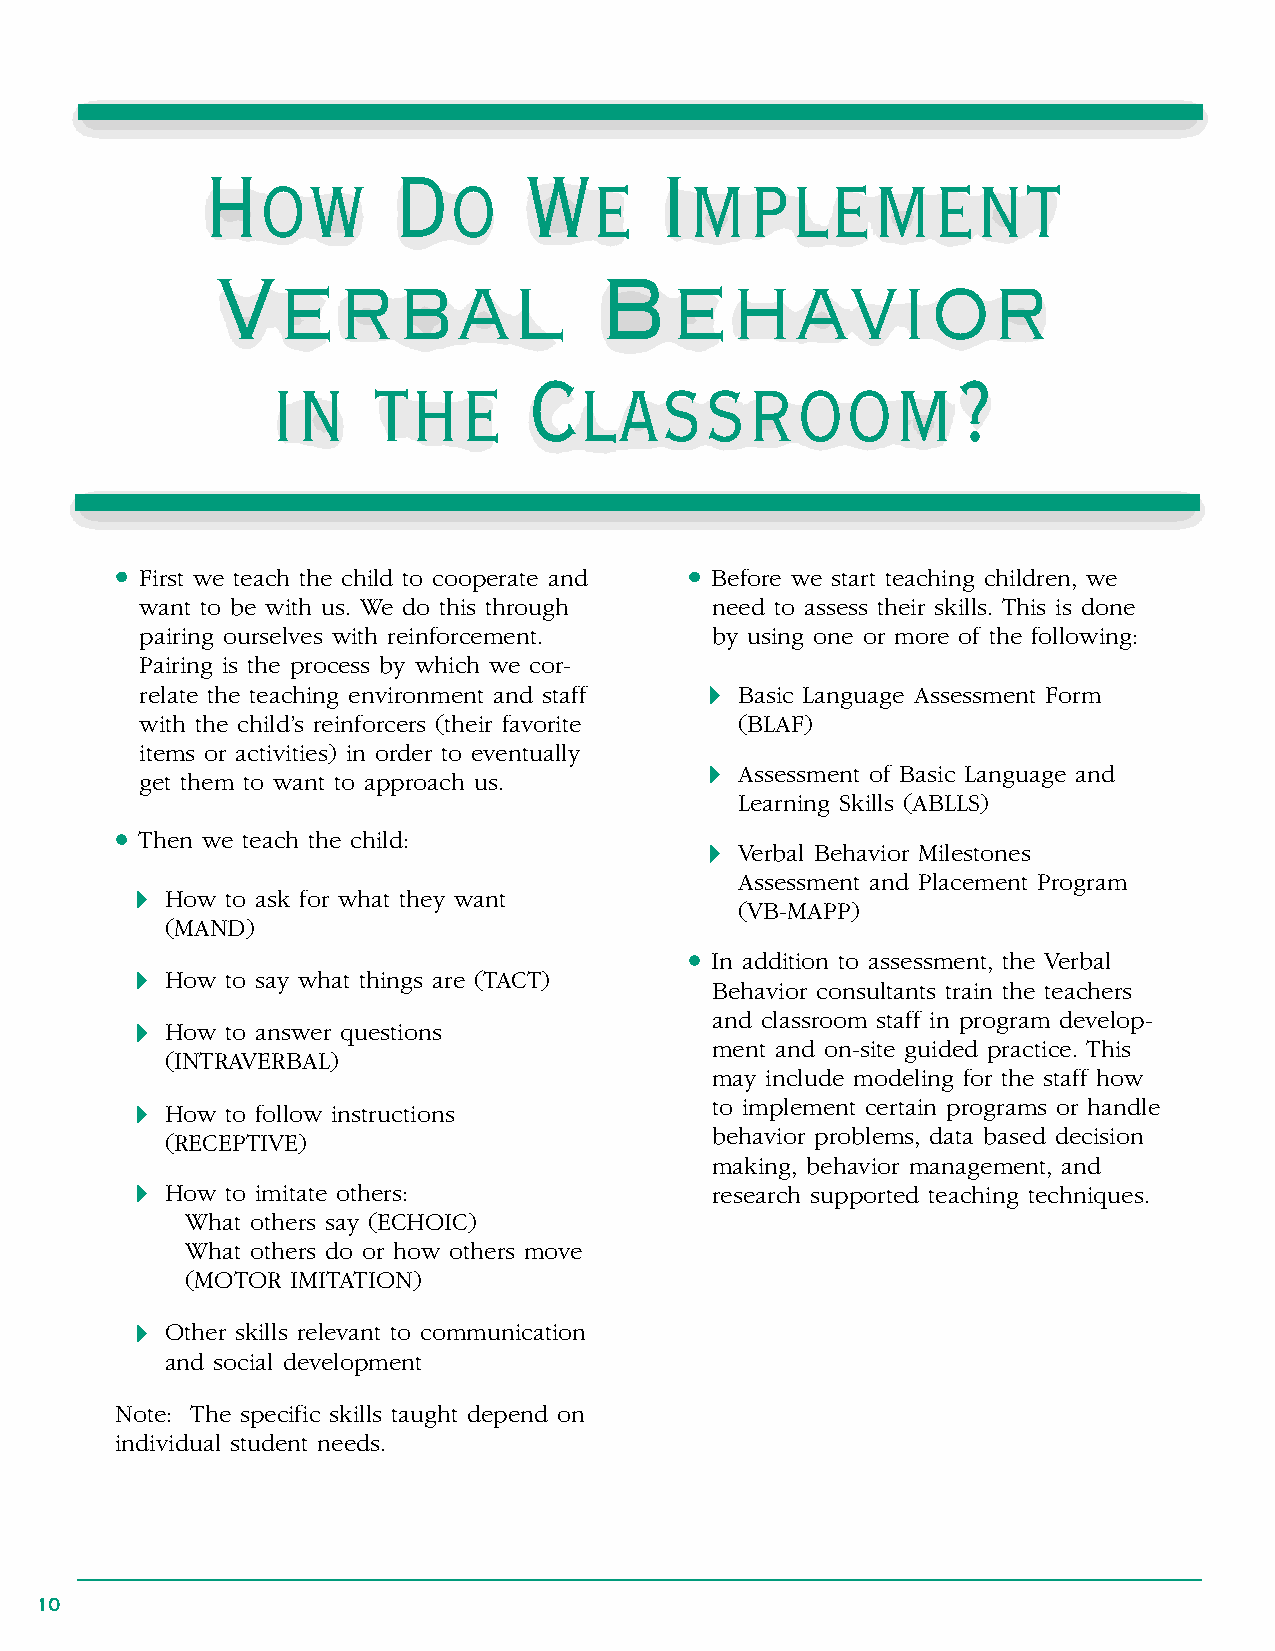
How         Do       We       Implement
 Verbal                    Behavior
 in     the       Classroom?
 • First we teach the child to cooperate and • Before we start teaching children, we
 want to be with us . We do this through need to assess their skills . This is done
 pairing ourselves with reinforcement . by using one or more of the following:
 Pairing is the process by which we cor-
 relate the teaching environment and staff  Basic Language Assessment Form
 with the child’s reinforcers (their favorite (BLAF)
 items or activities) in order to eventually
  Assessment of Basic Language and
 get them to want to approach us .
 Learning Skills (ABLLS)
 • Then we teach the child:
  Verbal Behavior Milestones
 Assessment and Placement Program
  How to ask for what they want
 (VB-MAPP)
 (MAND)
 • In addition to assessment, the Verbal
  How to say what things are (TACT)
 Behavior consultants train the teachers
 and classroom staff in program develop-
  How to answer questions
 ment and on-site guided practice . This
 (INTRAVERBAL)
 may include modeling for the staff how
  How to follow instructions          to implement certain programs or handle
 (RECEPTIVE)                         behavior problems, data based decision
 making, behavior management, and
  How to imitate others:              research supported teaching techniques .
 What others say (ECHOIC)
 What others do or how others move
 (MOTOR IMITATION)
  Other skills relevant to communication
 and social development
 Note: The specific skills taught depend on
 individual student needs .
 10